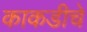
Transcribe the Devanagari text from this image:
काकडीचे